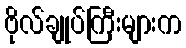
ဗိုလ်ချုပ်ကြီးများက